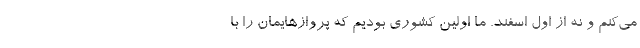
می‌کنم و نه از اول اسفند. ما اولین کشوری بودیم که پروازهایمان را با